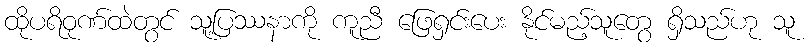
ထိုပရိဝုဏ်ထဲတွင် သူ့ပြဿနာကို ကူညီ ဖြေရှင်းပေး နိုင်မည့်သူတွေ ရှိသည်ဟု သူ